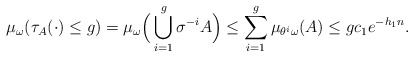
\begin{align*}\mu_\omega( \tau_A(\cdot)\le g)=\mu_\omega\Big(\bigcup_{i=1}^g\sigma^{-i}A\Big)\le \sum_{i=1}^g \mu_{\theta^i\omega}(A)\le gc_1e^{-h_1n}.\end{align*}